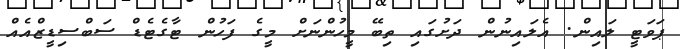
ޕަވަޓީ ލައިން. އެލައިނުން ދަށުގައި ތިބޭ މީހުންނަށް މީގެ ފަހުން ޓާގެޓެޑް ސަބްސިޑީޒްއެެއް